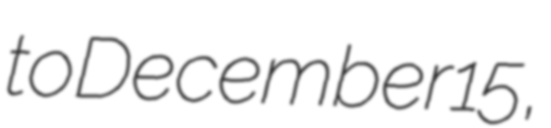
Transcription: to December 15,